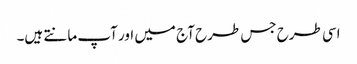
اسی طرح جس طرح آج میں اور آپ مانتے ہیں۔